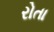
રોતા